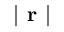
\lvert \textbf { r } \rvert